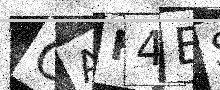
Text: CAF4ES